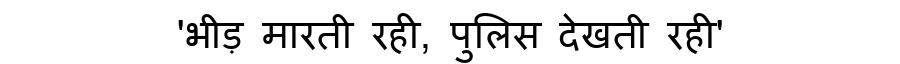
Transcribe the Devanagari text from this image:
'भीड़ मारती रही, पुलिस देखती रही'